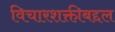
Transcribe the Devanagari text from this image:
विचारशक्तीबद्दल